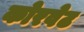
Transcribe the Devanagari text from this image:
कोरवेट